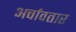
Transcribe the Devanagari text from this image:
अर्चावतार